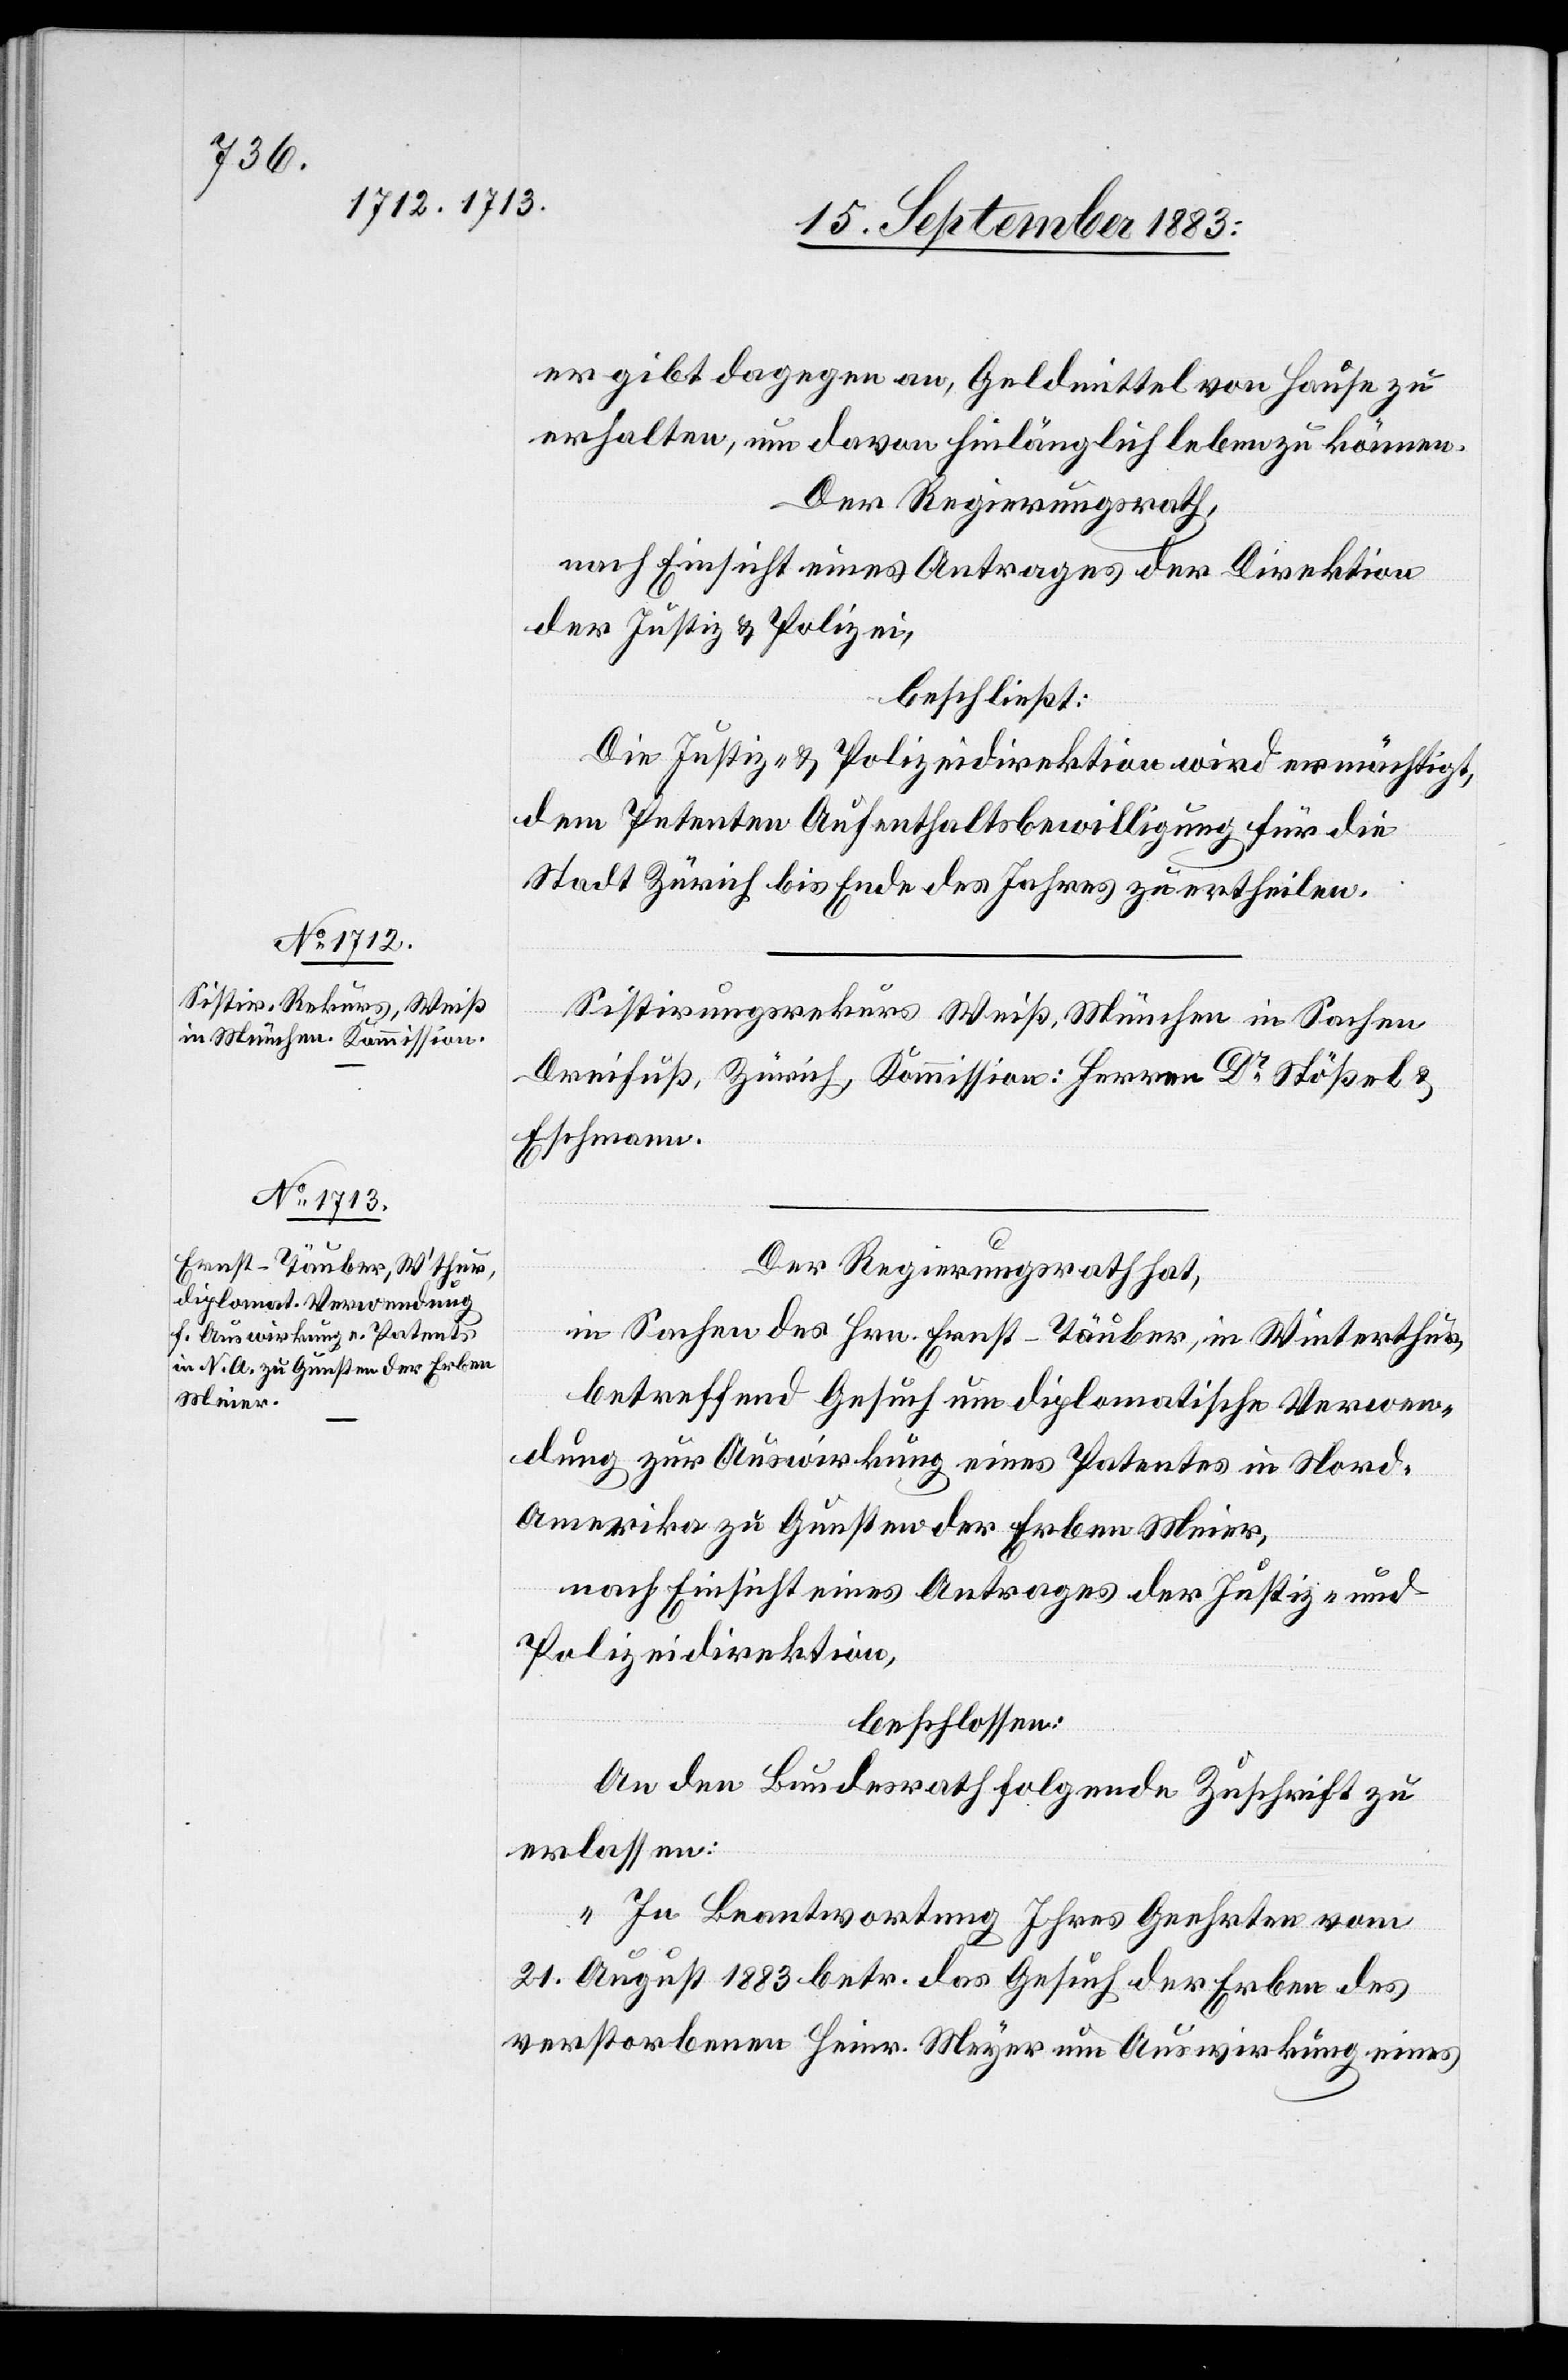
er gibt dagegen an, Geldmittel von Haus zu
erhalten, um davon hinlänglich Leben zu können.
Der Regierungsrath,
nach Einsicht eines Antrages der Direktion
der Justiz & Polizei,
beschließt:
Die Justiz- & Polizeidirektion wird ermächtigt,
dem Petenten Aufenthaltsbewilligung für die
Stadt Zürich bis Ende des Jahres zu ertheilen.
Sistirungsrekurs Weiß, München in Sachen
Dreifuß, Zürich, Kommission: Herren Dr Stößel &
Eschmann.
Der Regierungsrath hat,
in Sachen des Hrn. Ernst-Täuber, in Winterthur,
betreffend Gesuch um diplomatische Verwen¬
dung zur Auswirkung eines Patentes in Nord-A¬
merika zu Gunsten der Erben Meier,
nach Einsicht eines Antrages der Justiz- &
Polizeidirektion,
beschlossen:
An den Bundesrath folgende Zuschrift zu
erlassen:
„In Beantwortung Ihres Geehrten vom
21. August 1883 betr. das Gesuch der Erben des
verstorbenen Heinr. Meyer [sic!] um Auswirkung eines